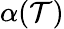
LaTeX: \alpha(\mathcal{T})